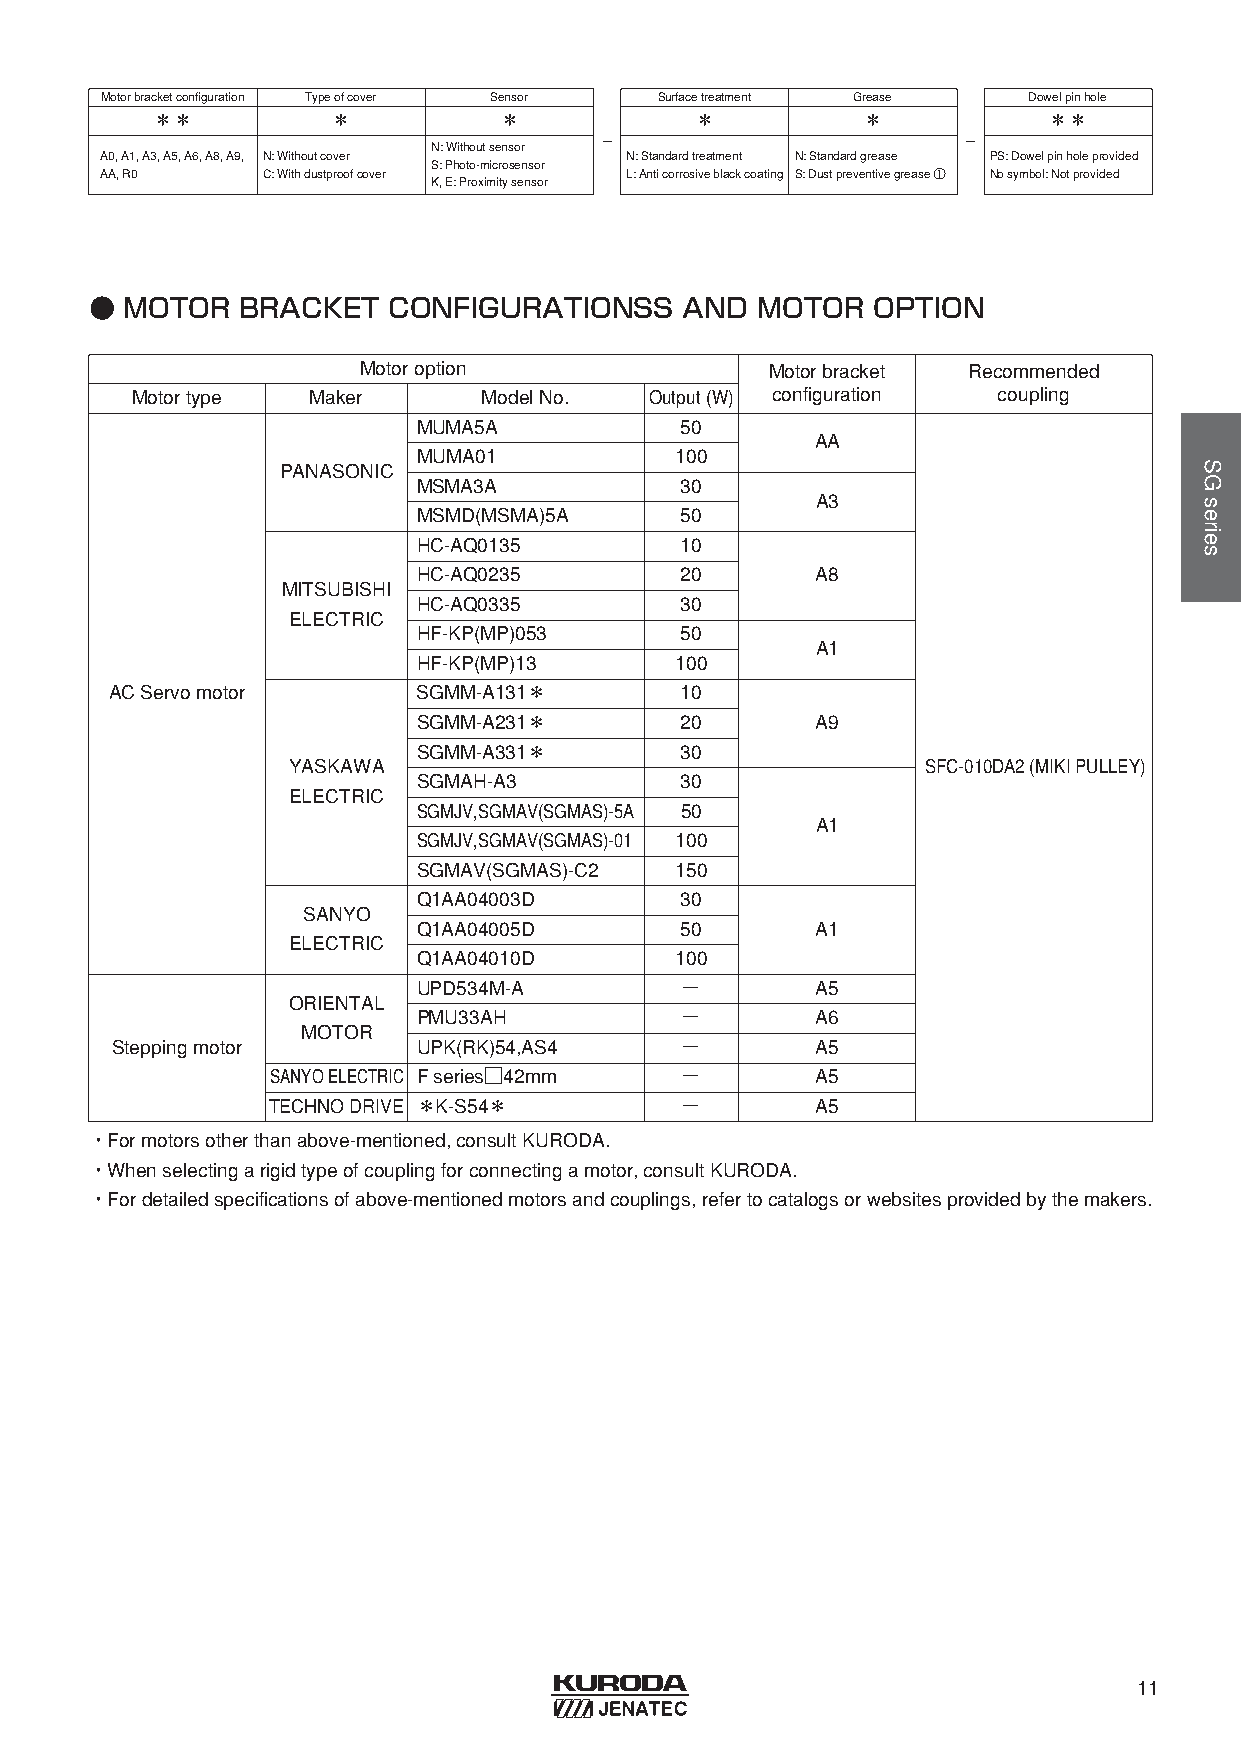
Motorbracketconfiguration Typeofcover Sensor Surfacetreatment Grease Dowelpinhole
 ＊＊          ＊          ＊            ＊          ＊           ＊＊
 -                       -
 N: Withoutsensor
 A0, A1, A3, A5, A6, A8, A9, N: Withoutcover N: Standardtreatment N: Standardgrease PS: Dowelpinholeprovided
 S: Photo-microsensor
 AA, R0    C: Withdustproofcover   L: Anticorrosiveblackcoating S: Dustpreventivegrease ① Nosymbol: Notprovided
 K, E: Proximitysensor
 ● MOTOR   BRACKET   CONFIGURATIONSS    AND  MOTOR   OPTION
 Motoroption                Motorbracket Recommended
 Motortype   Maker      ModelNo.   Output(W) configuration coupling
 MUMA5A           50
 AA
 MUMA01           100
 PANASONIC
 MSMA3A           30
 A3
 MSMD(MSMA)5A     50
 HC-AQ0135        10
 HC-AQ0235        20       A8
 MITSUBISHI
 HC-AQ0335        30
 ELECTRIC
 HF-KP(MP)053     50
 A1
 HF-KP(MP)13      100
 ACServomotor         SGMM-A131＊       10
 SGMM-A231＊       20       A9
 SGMM-A331＊       30
 YASKAWA                                   SFC-010DA2 (MIKIPULLEY)
 SGMAH-A3         30
 ELECTRIC
 SGMJV,SGMAV(SGMAS)-5A 50
 A1
 SGMJV,SGMAV(SGMAS)-01 100
 SGMAV(SGMAS)-C2  150
 Q1AA04003D       30
 SANYO
 Q1AA04005D       50       A1
 ELECTRIC
 Q1AA04010D       100
 UPD534M-A        −        A5
 ORIENTAL
 PMU33AH          −        A6
 MOTOR
 Steppingmotor        UPK(RK)54,AS4    −        A5
 SANYOELECTRIC Fseries□42mm −        A5
 TECHNODRIVE ＊K-S54＊        −        A5
 ・Formotorsotherthanabove-mentioned, consultKURODA.
 ・Whenselectingarigidtypeofcouplingforconnectingamotor, consultKURODA.
 ・Fordetailedspecificationsofabove-mentionedmotorsandcouplings, refertocatalogsorwebsitesprovidedbythemakers.
 11
 SGseries